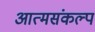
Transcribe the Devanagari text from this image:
आत्मसंकल्प